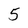
Character: 5